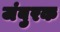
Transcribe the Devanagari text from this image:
जंबुरक